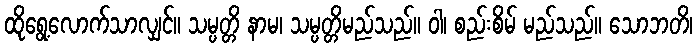
ထိုရွေ့လောက်သာလျှင်။ သမ္ပတ္တိ နာမ၊ သမ္ပတ္တိမည်သည်။ ဝါ၊ စည်းစိမ် မည်သည်။ သောဘတိ၊